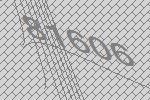
81606